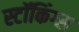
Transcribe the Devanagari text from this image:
स्टॉकिंग्स